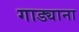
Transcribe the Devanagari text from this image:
गाड्याना